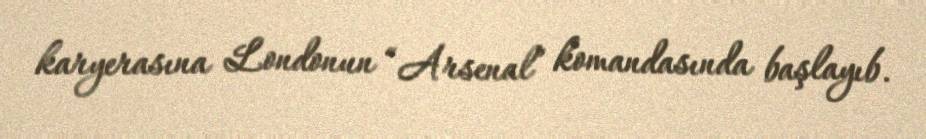
karyerasına Londonun “Arsenal” komandasında başlayıb.